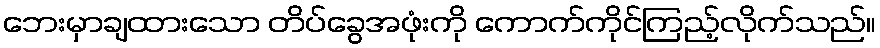
ဘေးမှာချထားသော တိပ်ခွေအဖုံးကို ကောက်ကိုင်ကြည့်လိုက်သည်။